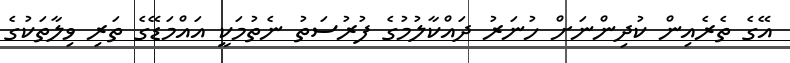
އޭގެ ތެރެއިން ކުދިންނަށް ހުނަރު ދައްކާލުމުގެ ފުރުސަތު ނެތުމަކީ އައްމަޑޭގެ ތަރި ވިލާތަކުގެ